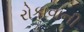
રોકાવાની